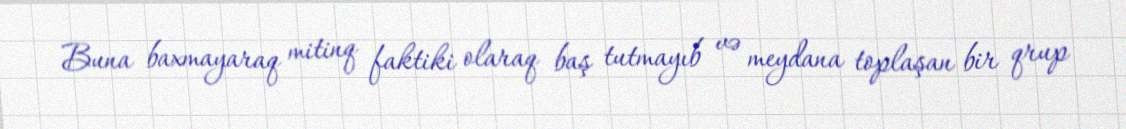
Buna baxmayaraq mitinq faktiki olaraq baş tutmayıb və meydana toplaşan bir qrup